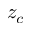
z _ { c }